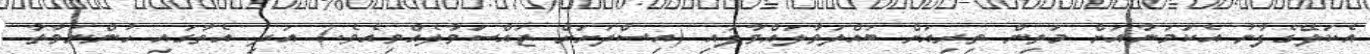
އެކަލޭގެފާނު އެކަމަނާއަށް މަތިން ތިރިއަށް ބައްލަވާލައްވާފައި (އިސްދަށަށް ޖައްސަވާލެއްވިއެވެ.) އަދި އެތާގައި ހުންނަވާތާ